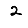
Digit: 2